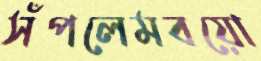
সঁপলেমবয়ো